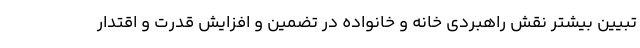
تبیین بیشتر نقش راهبردی خانه و خانواده در تضمین و افزایش قدرت و اقتدار